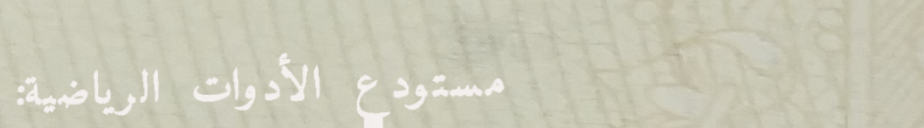
مستودع الأدوات الرياضية: